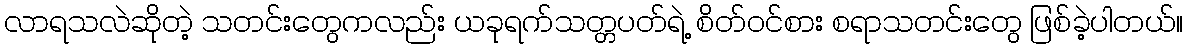
လာရသလဲဆိုတဲ့ သတင်းတွေကလည်း ယခုရက်သတ္တပတ်ရဲ့ စိတ်ဝင်စား စရာသတင်းတွေ ဖြစ်ခဲ့ပါတယ်။